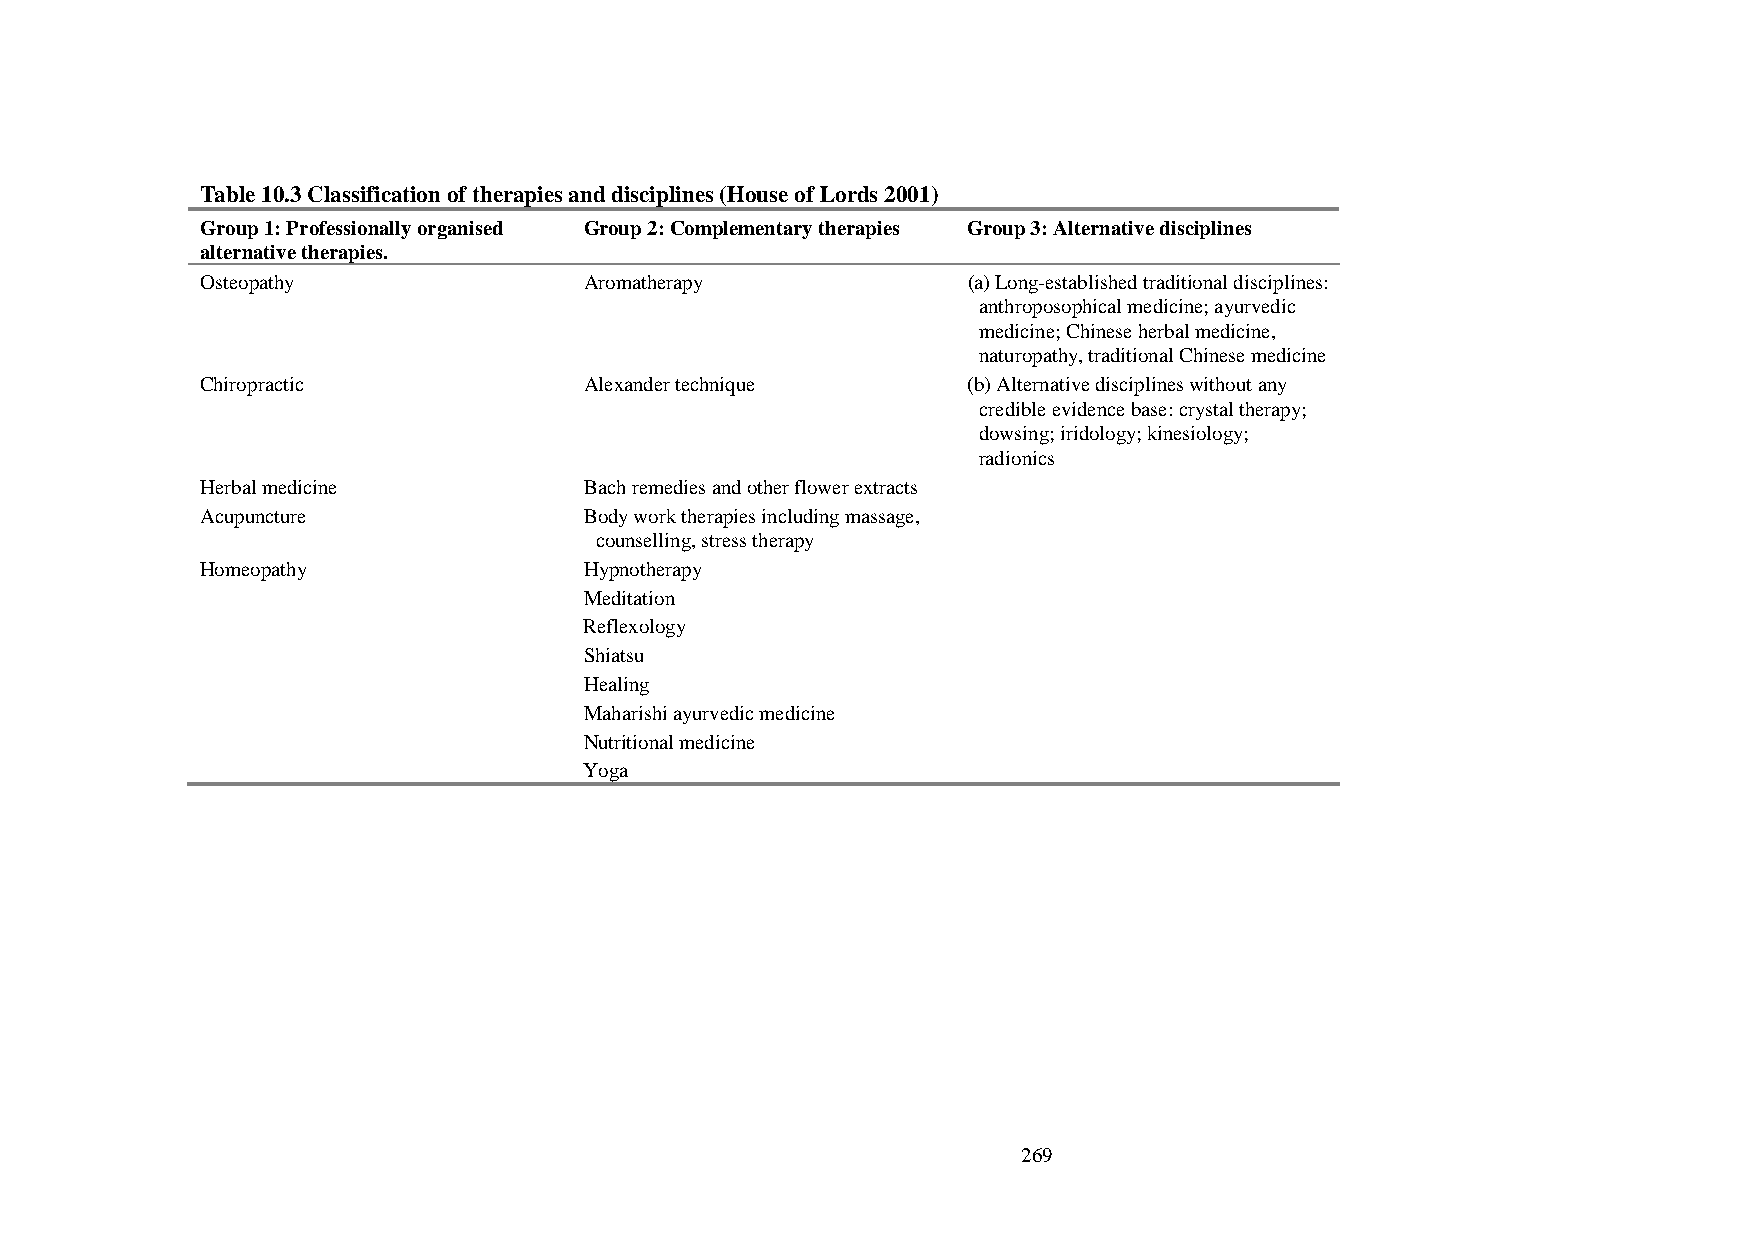
Table 10.3 Classification of therapies and disciplines (House of Lords 2001)
 Group 1: Professionally organised Group 2: Complementary therapies Group 3: Alternative disciplines
 alternative therapies.
 Osteopathy                Aromatherapy             (a) Long-established traditional disciplines:
 anthroposophical medicine; ayurvedic
 medicine; Chinese herbal medicine,
 naturopathy, traditional Chinese medicine
 Chiropractic              Alexander technique      (b) Alternative disciplines without any
 credible evidence base: crystal therapy;
 dowsing; iridology; kinesiology;
 radionics
 Herbal medicine           Bach remedies and other flower extracts
 Acupuncture               Body work therapies including massage,
 counselling, stress therapy
 Homeopathy                Hypnotherapy
 Meditation
 Reflexology
 Shiatsu
 Healing
 Maharishi ayurvedic medicine
 Nutritional medicine
 Yoga
 269